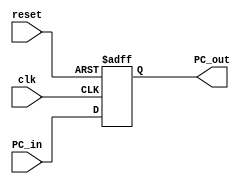
`timescale 1ns / 1ps
//////////////////////////////////////////////////////////////////////////////////
// Company: 
// Engineer: 
// 
// Design Name: 
// Module Name: Program_Counter
// Project Name: 
// Target Devices: 
// Tool Versions: 
// Description: 
// 
// Dependencies: 
// 
// Revision:
// Revision 0.01 - File Created
// Additional Comments:
// 
//////////////////////////////////////////////////////////////////////////////////


module Program_Counter(
    input clk,
    input reset,
    input [31:0] PC_in,
    output reg [31:0] PC_out
    );
    
    always @(posedge clk,negedge reset) begin
        if(!reset)
            PC_out <= 'b0;
        else
            PC_out <= PC_in;
    end
    
endmodule